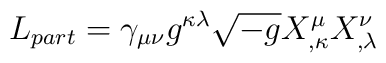
L_{part}= \gamma_{\mu\nu} g^{\kappa\lambda}\sqrt{-g}X^\mu_{,\kappa}X^\nu_{,\lambda}